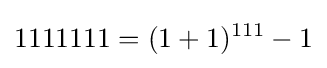
1111111=(1+1)^{111}-1